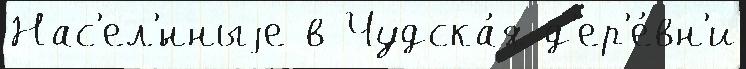
Нас'ел'́нныjе в Чудска́я д'ер'е́вн'и